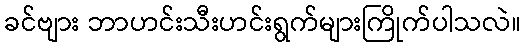
ခင်ဗျား ဘာဟင်းသီးဟင်းရွက်များကြိုက်ပါသလဲ။